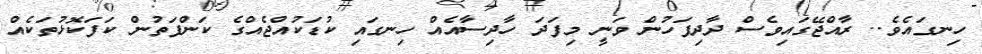
ހިނގައެވެ.. ރާއްޖޭގައިވެސް ދާދިފަހުން ވަނީ މިފަދަ ހާދިސާއެއް ހިނގައި ކުޑަކުއްޖެއްގެ ކަންފަތުން ކަފަކޮޅުތަކެއް